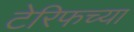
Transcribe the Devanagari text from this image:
टेरिफच्या